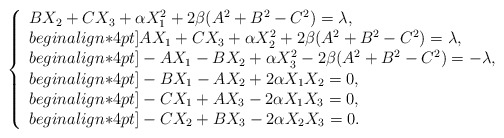
\begin{align*}\left\{\begin{array}{l}B X_2+C X_3 +\alpha X_1^2+2\beta (A^2+B^2-C^2)=\lambda, \\begin{align*}4pt]A X_1+C X_3 +\alpha X_2^2+2\beta (A^2+B^2-C^2)=\lambda, \\begin{align*}4pt]-A X_1 -B X_2+\alpha X_3^2-2\beta (A^2+B^2-C^2)=-\lambda, \\begin{align*}4pt]-B X_1-A X_2 +2\alpha X_1X_2 =0, \\begin{align*}4pt]-C X_1+A X_3-2\alpha X_1X_3 =0, \\begin{align*}4pt]-C X_2+B X_3-2\alpha X_2X_3 =0.\end{array}\right.\end{align*}